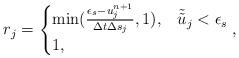
LaTeX: \begin{align*}r_j=\begin{cases}\min(\frac{\epsilon_s-u^{n+1}_j}{\Delta t \Delta s_j}, 1),& \tilde{\tilde{u}}_j < \epsilon_s \\1, &\end{cases},\end{align*}